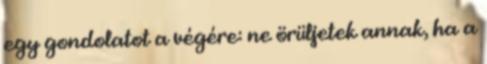
egy gondolatot a végére: ne örüljetek annak, ha a